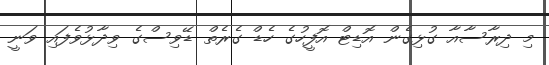
މި ދިރާސާއާ ގުޅިގެން އޮޑިޓް އޮފީހުގެ ހެޑް ގެރެތް ޑޭވިސްގެ ވިދާޅުވެފައި ވަނީ